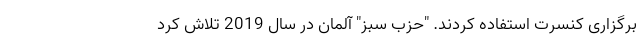
برگزاری کنسرت استفاده کردند. "حزب سبز" آلمان در سال 2019 تلاش کرد